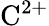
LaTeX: \mathrm{C^{2+}}